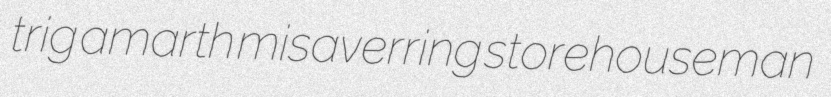
trig amarth misaverring storehouseman